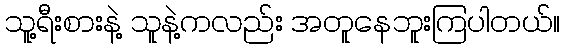
သူ့ရီးစားနဲ့ သူနဲ့ကလည်း အတူနေဘူးကြပါတယ်။